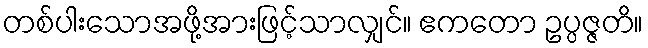
တစ်ပါးသောအဖို့အားဖြင့်သာလျှင်။ ဧကတော ဥပ္ပဇ္ဇတိ။